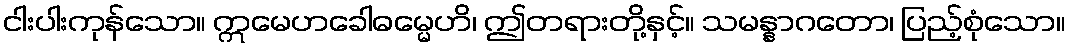
ငါးပါးကုန်သော။ ဣမေဟခေါဓမ္မေဟိ၊ ဤတရားတို့နှင့်။ သမန္နာဂတော၊ ပြည့်စုံသော။